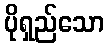
ပိုရှည်သော